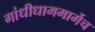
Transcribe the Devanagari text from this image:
गांधीधाममार्गेच